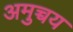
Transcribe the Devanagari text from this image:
अमुच्चय